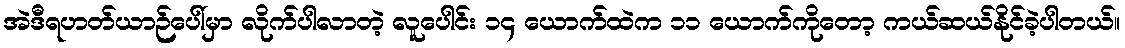
အဲဒီရဟတ်ယာဉ်ပေါ်မှာ လိုက်ပါလာတဲ့ လူပေါင်း ၁၄ ယောက်ထဲက ၁၁ ယောက်ကိုတော့ ကယ်ဆယ်နိုင်ခဲ့ပါတယ်။